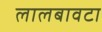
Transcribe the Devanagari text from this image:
लालबावटा